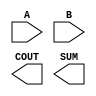
module sky130_fd_sc_ls__ha (
    //# {{data|Data Signals}}
    input  A   ,
    input  B   ,
    output COUT,
    output SUM
);

    // Voltage supply signals
    supply1 VPWR;
    supply0 VGND;
    supply1 VPB ;
    supply0 VNB ;

endmodule